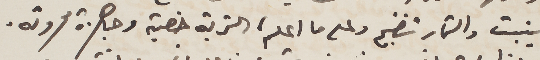
ينبت والثمار تنضج وعلى ما اعلم، التربة خصبة وجاهزة محروثه.